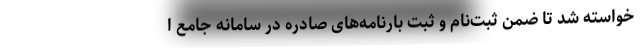
خواسته شد تا ضمن ثبت‌نام و ثبت بارنامه‌های صادره در سامانه جامع ا